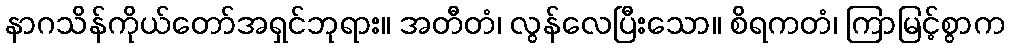
နာဂသိန်ကိုယ်တော်အရှင်ဘုရား။ အတီတံ၊ လွန်လေပြီးသော။ စိရကတံ၊ ကြာမြင့်စွာက